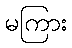
မကြား